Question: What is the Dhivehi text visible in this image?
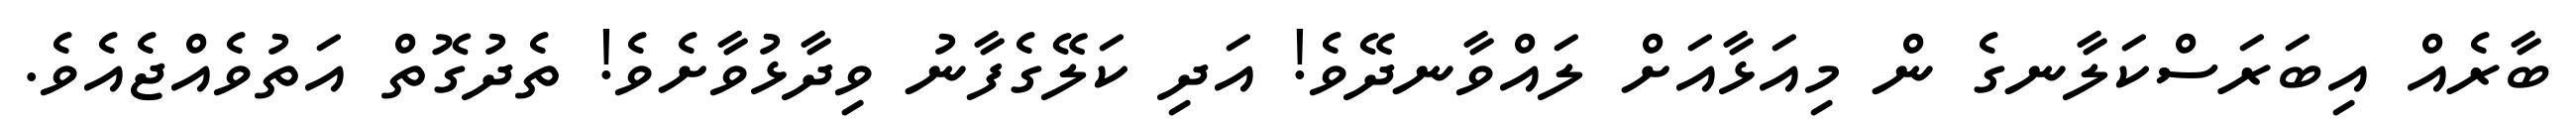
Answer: ބާރެއް އިބަރަސްކަލާނގެ ން މިއަޅާއަށް ލައްވާނދޭވެ! އަދި ކަލޭގެފާނު ވިދާޅުވާށެވެ! ތެދުގޮތް އަތުވެއްޖެއެވެ.